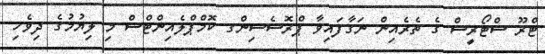
ޓްރޫ ސްޓޯރީސް ގެ ތެރެއިން ނަގާފައިވާ ޕްރޮސެސިންގ ކޮމްޕްލެއިންޓްސް މި ލިޔުމުގެ ދިވެހި